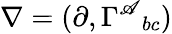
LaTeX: \nabla=(\partial,\Gamma^{\mathscr{A}}{}_{bc})